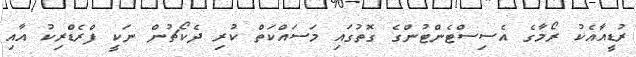
ރުޑީއާއެކު ރޯމާގެ އެސިސްޓެންޓުންގެ ގޮތުގައި މަސައްކަތް ކުރި ދެކޯޗުން ނަކީ ފްރެޑްރިކު އާއި